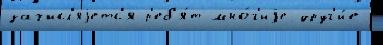
зачисл'яjетс'я р'еб'я́т мно́г'иjе друг'и́е